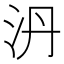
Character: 𣲥